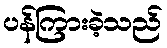
ပန်ကြားခဲ့သည်